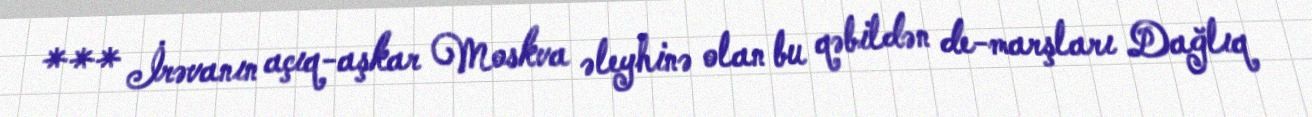
*** İrəvanın açıq-aşkar Moskva əleyhinə olan bu qəbildən de-marşları Dağlıq